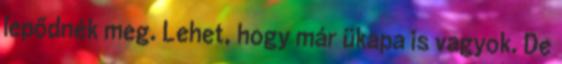
lepődnék meg. Lehet, hogy már ükapa is vagyok. De